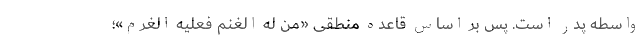
واسطه پدر است. پس بر اساس قاعده منطقی «من له الغِنم فعلیه الغُرم»؛